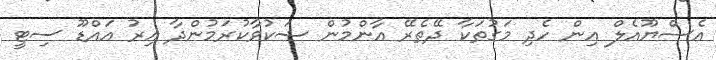
އެސްޔޫއެލް އިން ހެދި މަގުތަކާ ދޭތެރޭ އާންމުން ޝަކުވާކުރަމުންދާ އިރު އައްޑޫ ސިޓީ